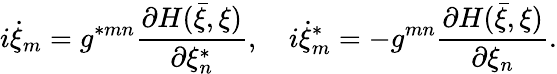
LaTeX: i\dot{\xi}_{m}=g^{\ast mn}\frac{\partial H(\bar{\xi},\xi)}{\partial\xi_{n}^{\ast}},\quad i\dot{\xi}_{m}^{\ast}=-g^{mn}\frac{\partial H(\bar{\xi},\xi)}{\partial\xi_{n}}.